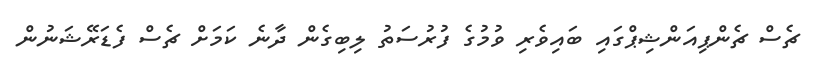
ޗެސް ޗެންޕިއަންޝިޕްގައި ބައިވެރި ވުމުގެ ފުރުސަތު ލިބިގެން ދާނެ ކަމަށް ޗެސް ފެޑަރޭޝަނުން